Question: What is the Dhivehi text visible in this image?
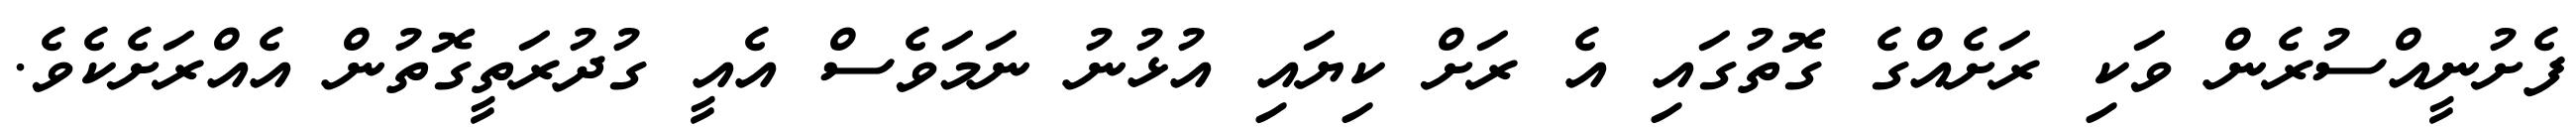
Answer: ފެށުނީއްސުރެން ވަކި ރަށެއްގެ ގޮތުގައި އެ ރަށް ކިޔައި އުޅުނު ނަމަވެސް އެއީ ގުދުރަތީގޮތުން އެއްރަށެކެވެ.